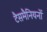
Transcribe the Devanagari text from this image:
टैसमैनियनों